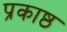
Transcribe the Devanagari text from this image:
प्रकाष्ठ